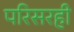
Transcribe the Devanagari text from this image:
परिसरही